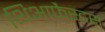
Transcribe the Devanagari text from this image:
थिआफैस्टस